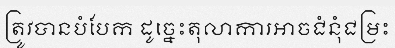
ត្រូវបានបំបែក ដូច្នេះតុលាការអាចជំនុំជម្រះ